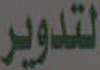
التدوير